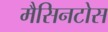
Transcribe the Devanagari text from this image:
मैसिनटोस